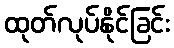
ထုတ်လုပ်နိုင်ခြင်း